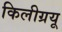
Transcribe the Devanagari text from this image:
किलीग्रयू